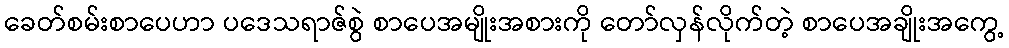
ခေတ်စမ်းစာပေဟာ ပဒေသရာဇ်စွဲ စာပေအမျိုးအစားကို တော်လှန်လိုက်တဲ့ စာပေအချိုးအကွေ့